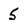
Character: 5